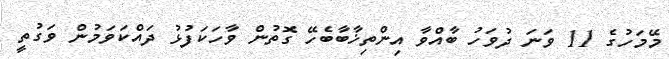
މޭމަހުގެ 11 ވަނަ ދުވަހު ބާއްވާ އިންތިޚާބާބެހޭ ގޮތުން ވާހަކަފުޅު ދައްކަވަމުން ވަގުތީ